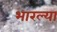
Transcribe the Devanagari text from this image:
भारल्या